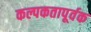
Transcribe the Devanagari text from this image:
कल्पकतापूर्वक